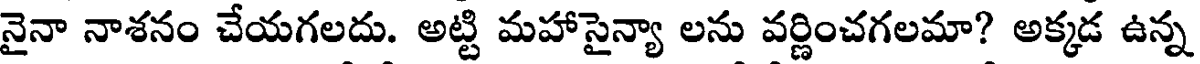
నైనా నాశనం చేయగలదు. అట్టి మహాసైన్యా లను వర్ణించగలమా? అక్కడ ఉన్న